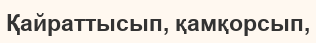
Қайраттысып, қамқорсып,